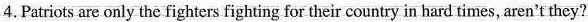
4.Patriots are only the fighters fighting for their country in hard times, aren't they?